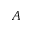
A